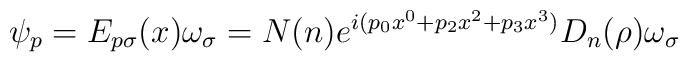
\psi _{p}=E_{p\sigma }(x)\omega _{\sigma}=N(n)e^{i(p_{0}x^{0}+p_{2}x^{2}+p_{3}x^{3})}D_{n}(\rho )\omega _{\sigma }